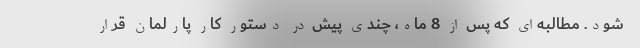
شود. مطالبه‌ای که پس از 8 ماه، چندی پیش در دستور کار پارلمان قرار